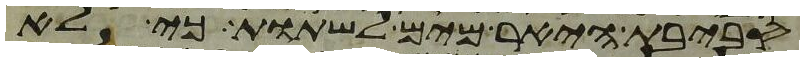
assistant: סביבת היאר מים לשתות כי לא